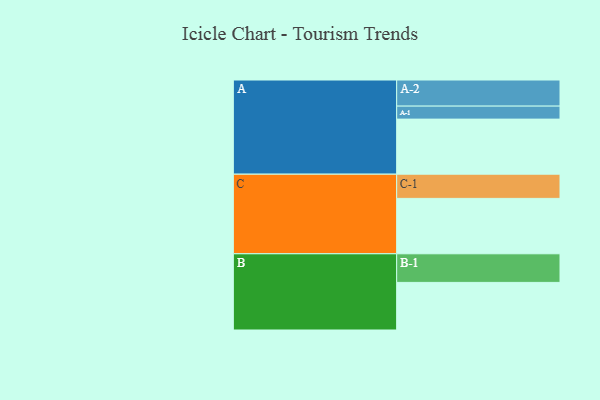
{"axis": {"x": "Segment", "y": "Value"}, "legend": ["", "A", "B", "C"], "data": [{"x": "A", "y": 487, "type": ""}, {"x": "B", "y": 421, "type": ""}, {"x": "C", "y": 490, "type": ""}, {"x": "A-1", "y": 115, "type": "A"}, {"x": "A-2", "y": 231, "type": "A"}, {"x": "B-1", "y": 253, "type": "B"}, {"x": "C-1", "y": 214, "type": "C"}]}